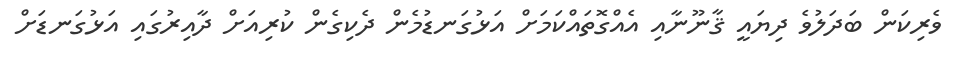
ވެރިކަން ބަދަލުވެ ދިޔައީ ޤާނޫނާއި އެއްގޮތައްކަމަށް އަޅުގަނޑުމެން ދެކިގެން ކުރިއަށް ދާއިރުގައި އަޅުގަނޑަށް